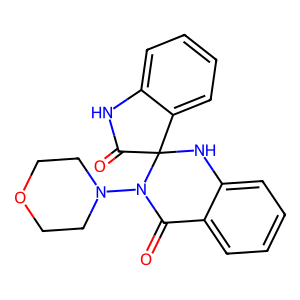
SMILES: O=C1c2ccccc2NC2(C(=O)Nc3ccccc32)N1N1CCOCC1
Inhibits HIV replication: No